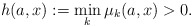
\begin{align*}h(a,x): =\min_k\mu_k(a,x) >0.\end{align*}